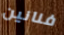
فنانين